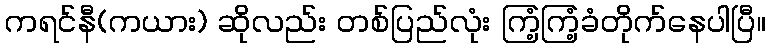
ကရင်နီ(ကယား) ဆိုလည်း တစ်ပြည်လုံး ကြံ့ကြံ့ခံတိုက်နေပါပြီ။